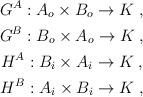
LaTeX: \begin{align*}\begin{gathered}G^A: A_o\times B_o \rightarrow K\;,\\G^B: B_o\times A_o \rightarrow K\;,\\H^A: B_i\times A_i \rightarrow K\;,\\H^B: A_i\times B_i\rightarrow K\;,\end{gathered}\end{align*}